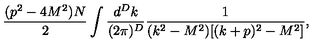
\frac { ( p ^ { 2 } - 4 M ^ { 2 } ) N } 2 \int \frac { d ^ { D } k } { ( 2 \pi ) ^ { D } } \frac { 1 } { ( k ^ { 2 } - M ^ { 2 } ) [ ( k + p ) ^ { 2 } - M ^ { 2 } ] } ,